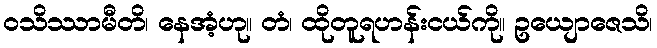
ဝသိဿာမီတိ၊ နေအံ့ဟု။ တံ၊ ထိုတူရဟန်းငယ်ကို။ ဥယျောဇေသိ၊